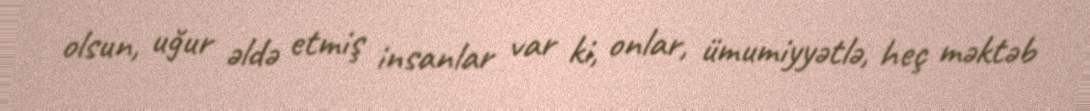
olsun, uğur əldə etmiş insanlar var ki, onlar, ümumiyyətlə, heç məktəb